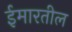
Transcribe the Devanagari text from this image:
ईमारतील